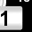
Digit: 1